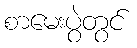
စာမေးပွဲတွင်